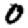
Digit: 0